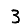
Digit: 3